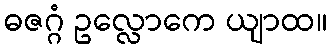
ဓဇဂ္ဂံ ဥလ္လောကေ ယျာထ။